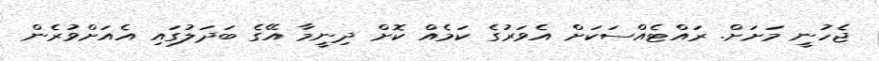
ޖެހުނީ މަށަށް. ރައްޓެއްސަކަށް އެވަރުގެ ކަމެއް ކޮށް ދިނީމާ އޭގެ ބަދަލުގައި އެއަށްވުރެން